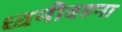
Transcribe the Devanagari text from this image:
ध्वनीवहना